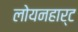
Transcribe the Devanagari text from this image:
लोयनहार्ट